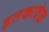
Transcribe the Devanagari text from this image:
इतकावेळ